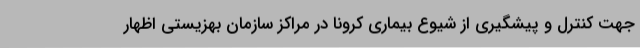
جهت کنترل و پیشگیری از شیوع بیماری کرونا در مراکز سازمان بهزیستی اظهار